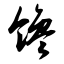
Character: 馋